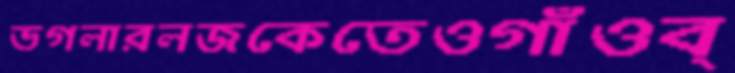
ভগলারলজকেতেওগাঁওব্